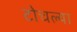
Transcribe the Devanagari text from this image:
टोचल्या